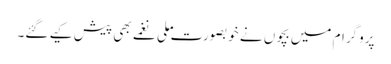
پروگرام میں بچوں نے خوبصورت ملی نغمے بھی پیش کیے گئے۔